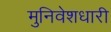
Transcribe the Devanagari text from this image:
मुनिवेशधारी